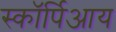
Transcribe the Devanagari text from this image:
स्कॉर्पिआय